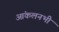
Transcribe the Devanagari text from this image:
आंकलनभी